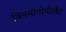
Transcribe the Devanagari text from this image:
विनमोनोपोलेट